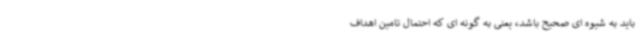
باید به شیوه ای صحیح باشد، یعنی به گونه ای که احتمال تامین اهداف